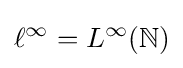
\ell ^{\infty }=L^{\infty }(\mathbb {N} )